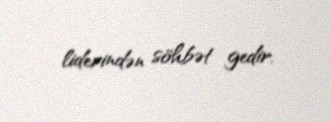
liderindən söhbət gedir.